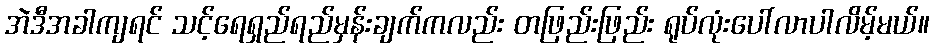
အဲဒီအခါကျရင် သင့်ရေရှည်ရည်မှန်းချက်ကလည်း တဖြည်းဖြည်း ရုပ်လုံးပေါ်လာပါလိမ့်မယ်။